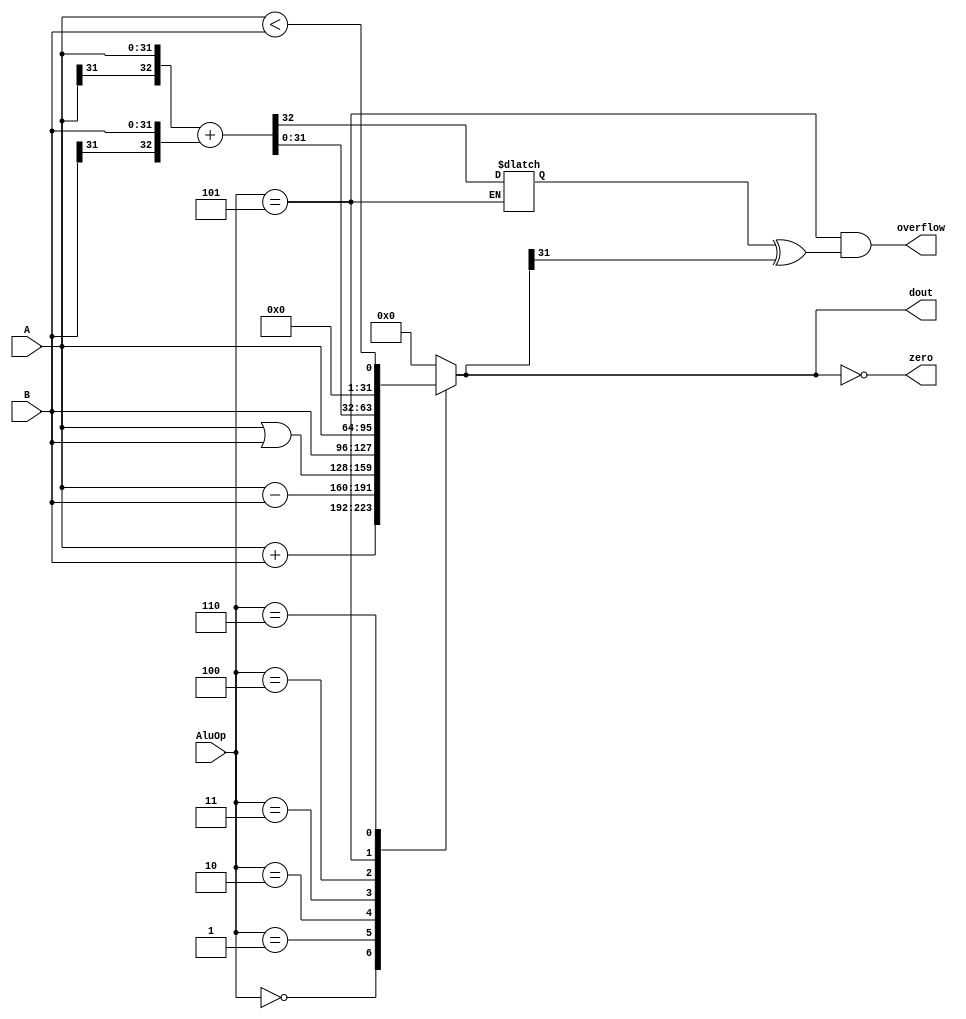
//AluOp
`define Addu   4'b0000
`define Subu   4'b0001
`define Or     4'b0010
`define Bb     4'b0011
`define Aa     4'b0100
`define Add    4'b0101
`define Lt     4'b0110

module alu(A, B, AluOp, dout, zero, overflow);
    input signed [31:0] A, B;
    input [3:0] AluOp;
    output reg [31:0] dout;
    output zero, overflow;
    reg sign = 0;

    always @(A or B or AluOp) begin
      case (AluOp)
        `Addu : dout <= A + B;
        `Subu : dout <= A - B;
        `Or   : dout <= A | B;
        `Bb   : dout <= B;
        `Aa   : dout <= A;
        `Add  : {sign, dout} <= {A[31], A} + {B[31], B};
        `Lt   : dout <= {31'b0, A < B};
        default : dout <= 32'b0;
      endcase
    end
    assign zero = (dout == 32'b0);
    assign overflow = (AluOp == `Add && (sign ^ dout[31]));
endmodule